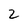
Character: 2